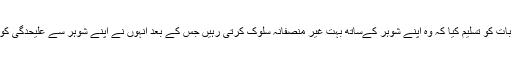
انہوں نے اس بات کو تسلیم کیا کہ وہ اپنے شوہر کےساتھ بہت غیر منصفانہ سلوک کرتی رہیں جس کے بعد انہوں نے اپنے شوہر سے علیحدگی کو بہتر سمجھا ۔